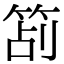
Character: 𥭔